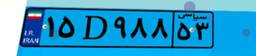
۳۳D۶۱۳۹۲